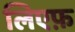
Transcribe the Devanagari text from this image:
लिएफ़